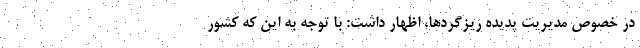
در خصوص مدیریت پدیده ریزگردها، اظهار داشت: با توجه به این که کشور